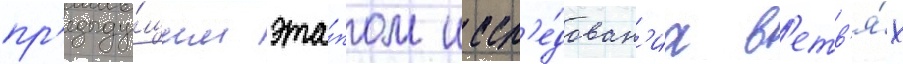
пр'едыду́щим эта́пом иссл'е́дован'иа в'етв'я́х